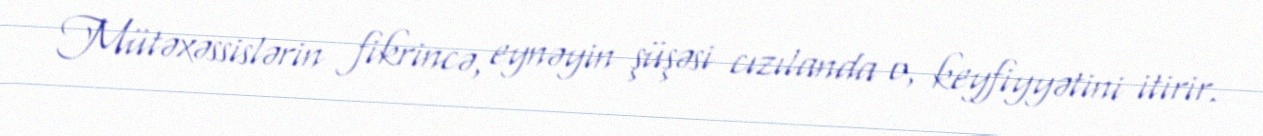
Mütəxəssislərin fikrincə, eynəyin şüşəsi cızılanda o, keyfiyyətini itirir.